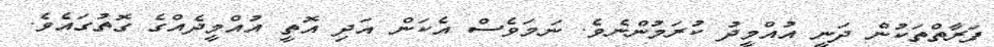
ފަރާތްތަކުން ދަނީ އުއްމީދު ކުރަމުންނެވެ. ނަމަވެސް އެކަން އަދި އޮތީ އުއްމީދެއްގެ ގޮތުގައެވެ.